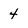
Character: 4